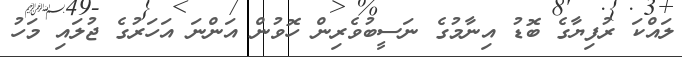
ލައްކަ ރުފިޔާގެ ބޮޑު އިނާމުގެ ނަސީބުވެރިން ހޮވުން އަންނަ އަހަރުގެ ޖުލައި މަހު